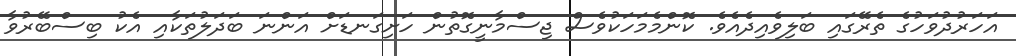
އަހަރުދުވަހުގެ ތެރޭގައި ބަލިވެއިދެއެވެ. ކޮންމެމަހަކުވެސް ޖިސްމާނީގޮތުން ހަށިގަނޑަށް އަންނަ ބަދަލުތަކާއި އެކު ބިސްބޭރުވާ